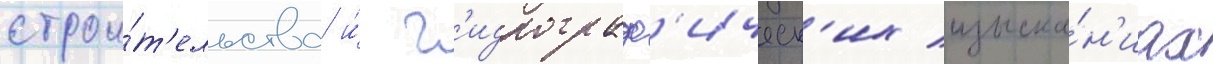
строи́т'ельства и́ г'идрограф'ическ'их изыска́н'иах